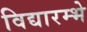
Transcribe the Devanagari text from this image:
विद्यारम्भे